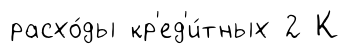
расхо́ды кр'ед'и́тных 2 К